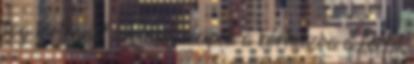
fog történni? A lány elcipeli a kórházba a férfit